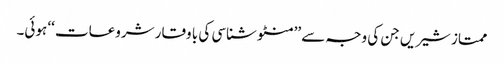
ممتاز شیریں جن کی وجہ سے ’’منٹو شناسی کی با وقار شروعات ‘‘ ہوئی۔